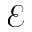
\mathcal { E }